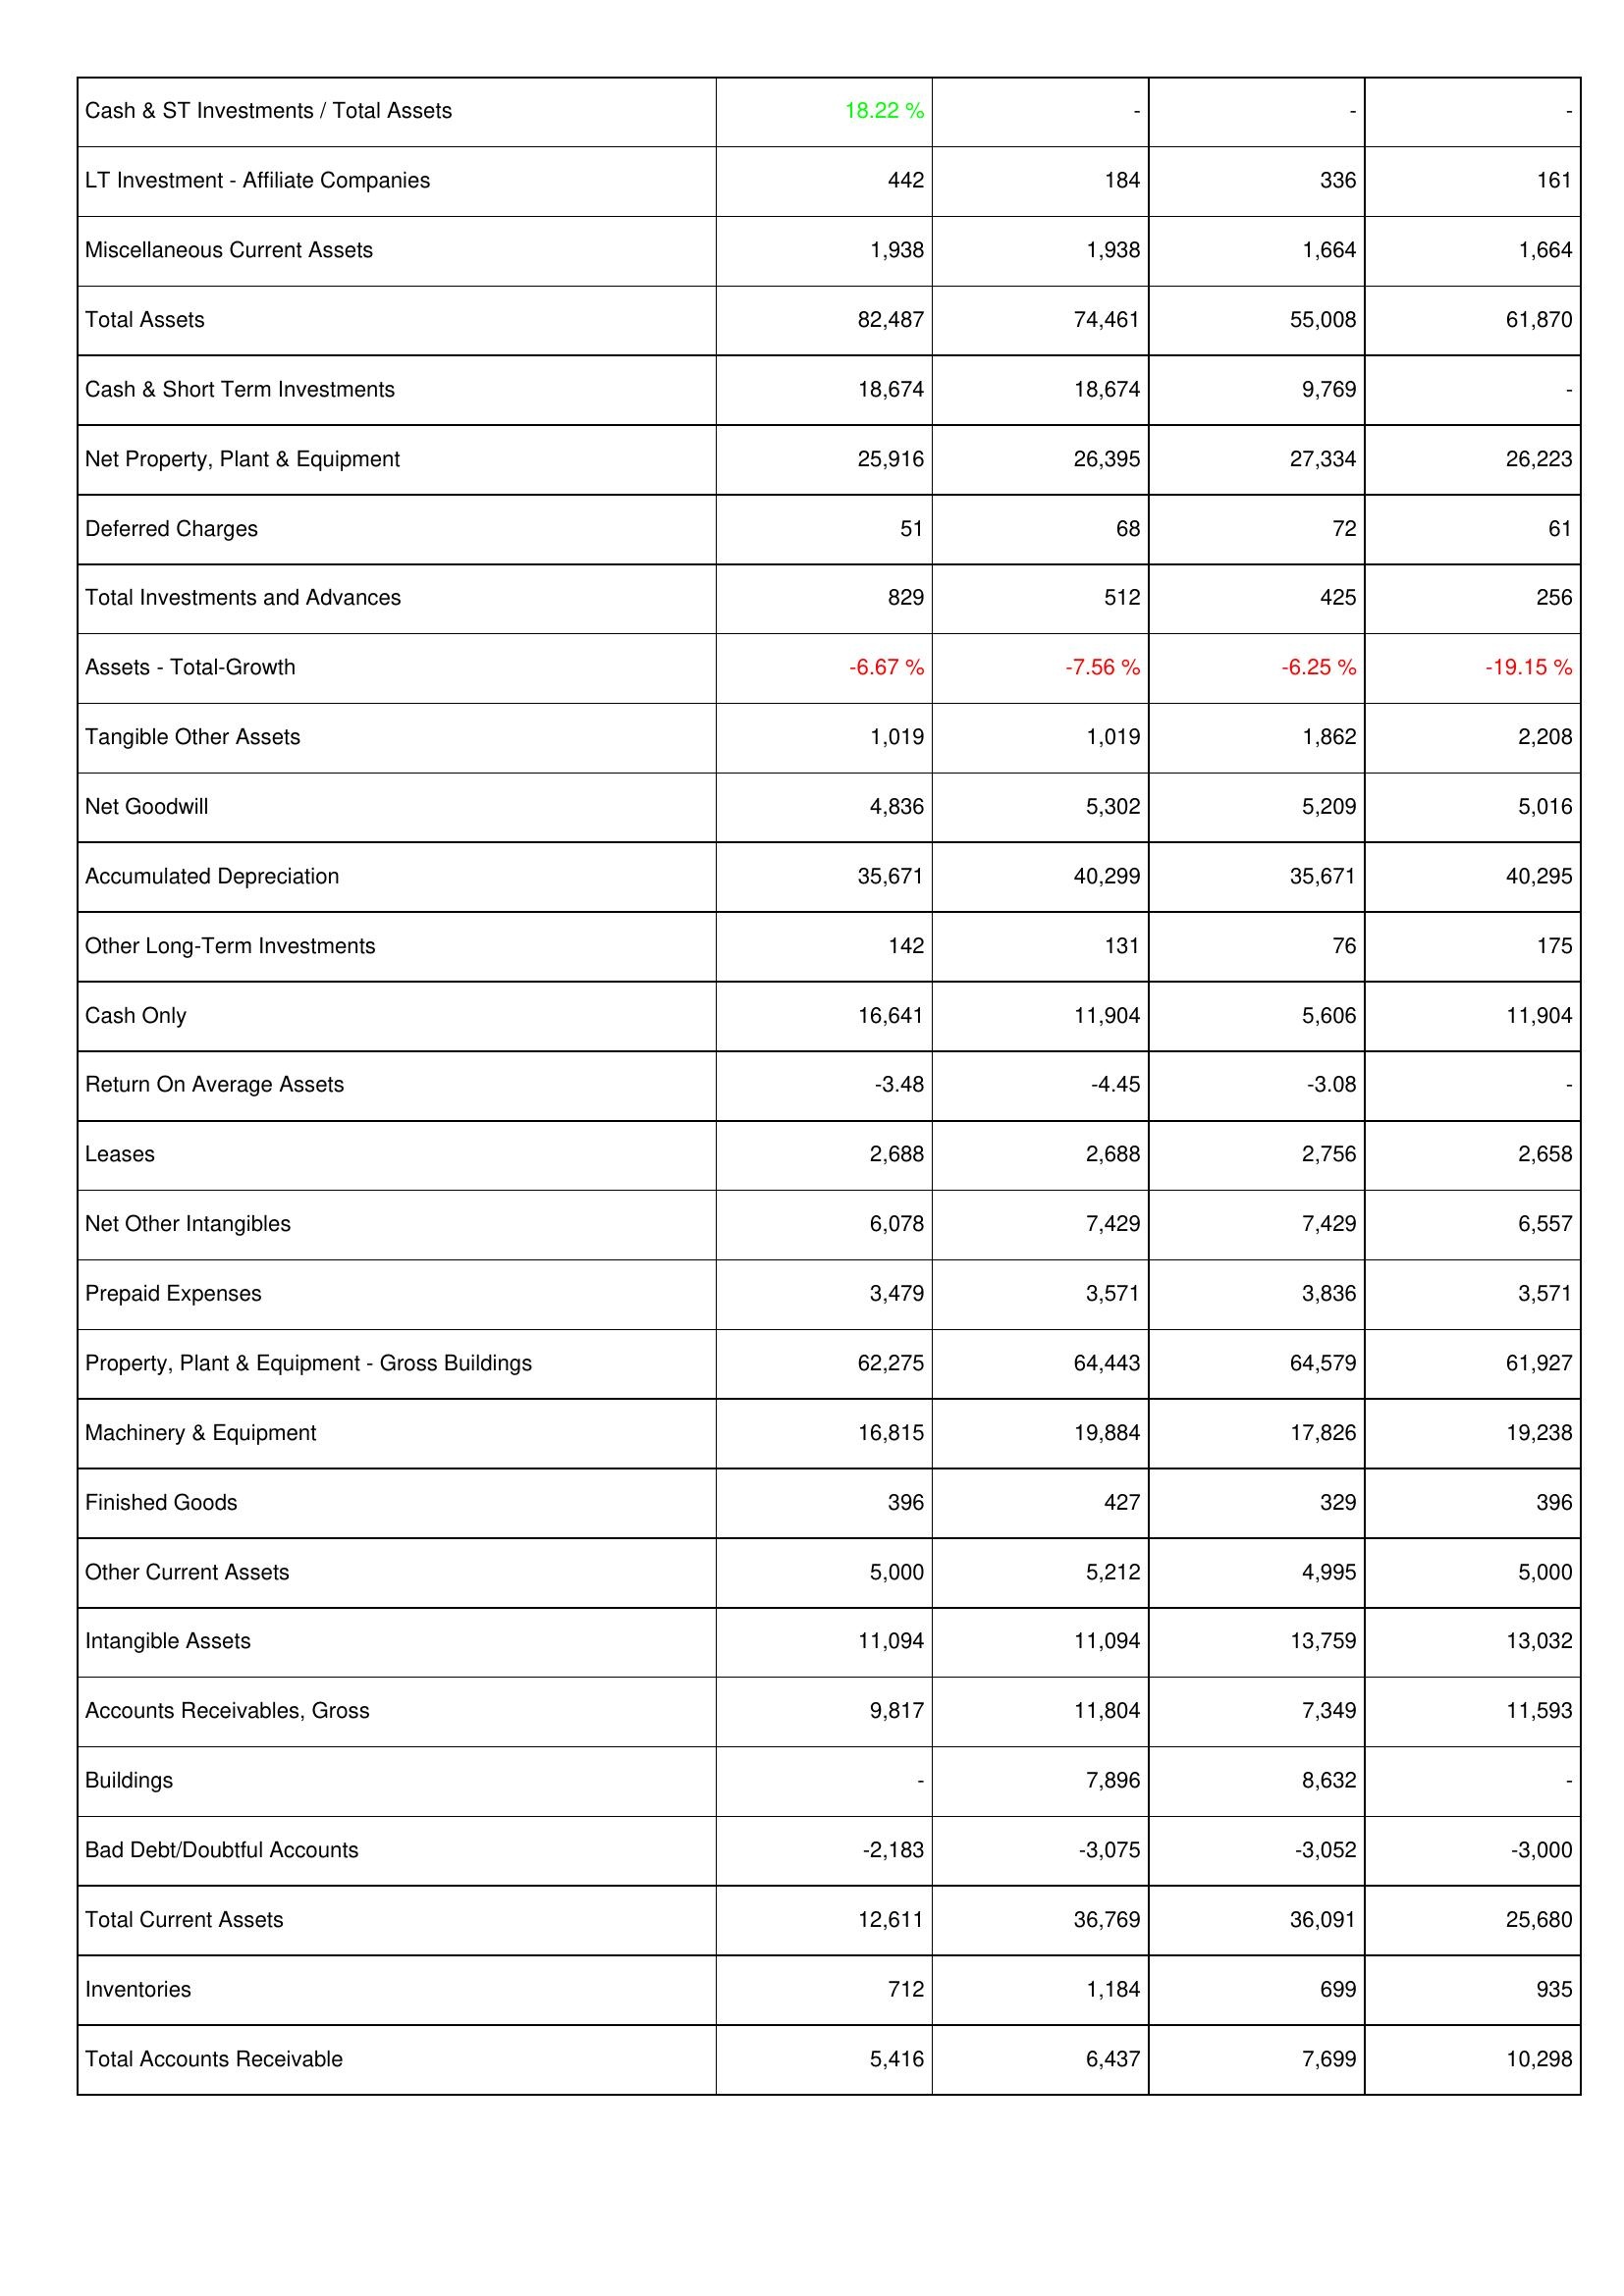
2009: Assets: Cash & ST Investments / Total Assets: 18.22 %
LT Investment - Affiliate Companies: 442
Miscellaneous Current Assets: 1,938
Total Assets: 82,487
Cash & Short Term Investments: 18,674
Net Property, Plant & Equipment: 25,916
Deferred Charges: 51
Total Investments and Advances: 829
Assets - Total-Growth: -6.67 %
Tangible Other Assets: 1,019
Net Goodwill: 4,836
Accumulated Depreciation: 35,671
Other Long-Term Investments: 142
Cash Only: 16,641
Return On Average Assets: -3.48
Leases: 2,688
Net Other Intangibles: 6,078
Prepaid Expenses: 3,479
Property, Plant & Equipment - Gross Buildings: 62,275
Machinery & Equipment: 16,815
Finished Goods: 396
Other Current Assets: 5,000
Intangible Assets: 11,094
Accounts Receivables, Gross: 9,817
Buildings: -
Bad Debt/Doubtful Accounts: -2,183
Total Current Assets: 12,611
Inventories: 712
Total Accounts Receivable: 5,416
2010: Assets: Cash & ST Investments / Total Assets: -
LT Investment - Affiliate Companies: 184
Miscellaneous Current Assets: 1,938
Total Assets: 74,461
Cash & Short Term Investments: 18,674
Net Property, Plant & Equipment: 26,395
Deferred Charges: 68
Total Investments and Advances: 512
Assets - Total-Growth: -7.56 %
Tangible Other Assets: 1,019
Net Goodwill: 5,302
Accumulated Depreciation: 40,299
Other Long-Term Investments: 131
Cash Only: 11,904
Return On Average Assets: -4.45
Leases: 2,688
Net Other Intangibles: 7,429
Prepaid Expenses: 3,571
Property, Plant & Equipment - Gross Buildings: 64,443
Machinery & Equipment: 19,884
Finished Goods: 427
Other Current Assets: 5,212
Intangible Assets: 11,094
Accounts Receivables, Gross: 11,804
Buildings: 7,896
Bad Debt/Doubtful Accounts: -3,075
Total Current Assets: 36,769
Inventories: 1,184
Total Accounts Receivable: 6,437
2011: Assets: Cash & ST Investments / Total Assets: -
LT Investment - Affiliate Companies: 336
Miscellaneous Current Assets: 1,664
Total Assets: 55,008
Cash & Short Term Investments: 9,769
Net Property, Plant & Equipment: 27,334
Deferred Charges: 72
Total Investments and Advances: 425
Assets - Total-Growth: -6.25 %
Tangible Other Assets: 1,862
Net Goodwill: 5,209
Accumulated Depreciation: 35,671
Other Long-Term Investments: 76
Cash Only: 5,606
Return On Average Assets: -3.08
Leases: 2,756
Net Other Intangibles: 7,429
Prepaid Expenses: 3,836
Property, Plant & Equipment - Gross Buildings: 64,579
Machinery & Equipment: 17,826
Finished Goods: 329
Other Current Assets: 4,995
Intangible Assets: 13,759
Accounts Receivables, Gross: 7,349
Buildings: 8,632
Bad Debt/Doubtful Accounts: -3,052
Total Current Assets: 36,091
Inventories: 699
Total Accounts Receivable: 7,699
2012: Assets: Cash & ST Investments / Total Assets: -
LT Investment - Affiliate Companies: 161
Miscellaneous Current Assets: 1,664
Total Assets: 61,870
Cash & Short Term Investments: -
Net Property, Plant & Equipment: 26,223
Deferred Charges: 61
Total Investments and Advances: 256
Assets - Total-Growth: -19.15 %
Tangible Other Assets: 2,208
Net Goodwill: 5,016
Accumulated Depreciation: 40,295
Other Long-Term Investments: 175
Cash Only: 11,904
Return On Average Assets: -
Leases: 2,658
Net Other Intangibles: 6,557
Prepaid Expenses: 3,571
Property, Plant & Equipment - Gross Buildings: 61,927
Machinery & Equipment: 19,238
Finished Goods: 396
Other Current Assets: 5,000
Intangible Assets: 13,032
Accounts Receivables, Gross: 11,593
Buildings: -
Bad Debt/Doubtful Accounts: -3,000
Total Current Assets: 25,680
Inventories: 935
Total Accounts Receivable: 10,298